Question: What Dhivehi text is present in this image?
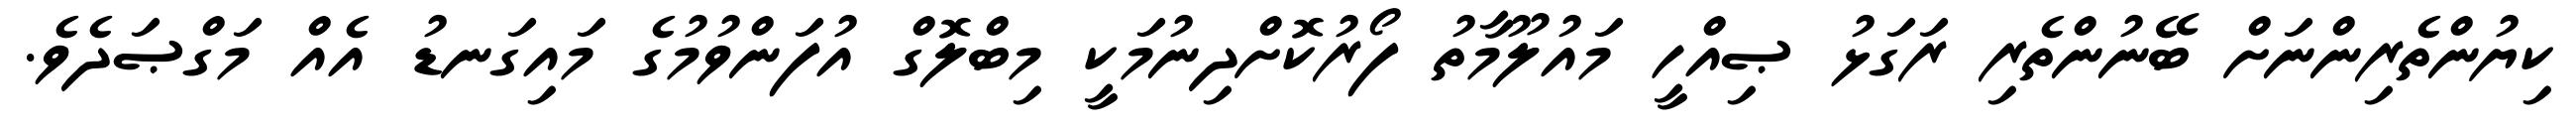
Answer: ކިޔުންތެރިންނަށް ބޭނުންތެރި ރަގަޅު ޞިއްހީ މައުލޫމާތު ފޯރުކޮށްދިނުމަކީ މިބްލޮގް އުފަންވުމުގެ މައިގަނޑު އެއް މަގްޞަދެވެ.